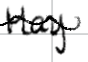
Text: May
Cross-out: wave
Writing tool: digital_black